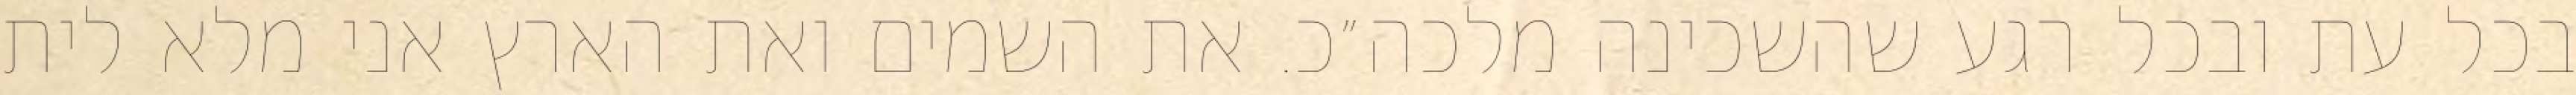
בכל עת ובכל רגע שהשכינה מלכה״כ. את השמים ואת הארץ אני מלא לית